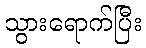
သွားရောက်ပြီး